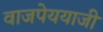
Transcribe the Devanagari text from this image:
वाजपेययाजी